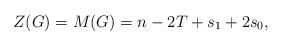
LaTeX: \begin{align*} Z(G)=M(G)=n-2T+s_1+2s_0, \end{align*}